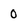
Character: 0